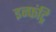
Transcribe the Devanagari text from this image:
इन्फंट्रि